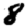
Digit: 8